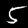
Label: 5